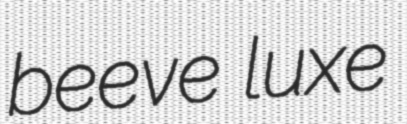
beeve luxe